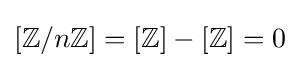
[\mathbb {Z} /n\mathbb {Z} ]=[\mathbb {Z} ]-[\mathbb {Z} ]=0